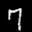
Label: 7